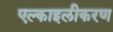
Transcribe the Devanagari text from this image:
एल्काइलीकरण